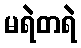
မရဲတရဲ